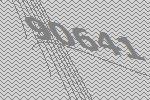
90641